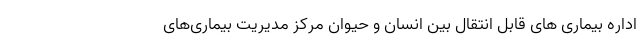
اداره بیماری های قابل انتقال بین انسان و حیوان مرکز مدیریت بیماری‌های